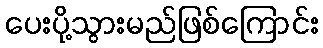
ပေးပို့သွားမည်ဖြစ်ကြောင်း